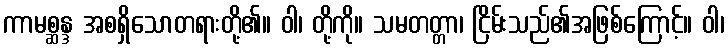
ကာမစ္ဆန္ဒ အစရှိသောတရားတို့၏။ ဝါ၊ တို့ကို။ သမတတ္တာ၊ ငြိမ်းသည်၏အဖြစ်ကြောင့်။ ဝါ၊